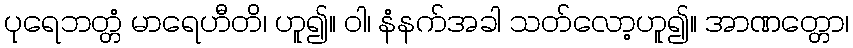
ပုရေဘတ္တံ မာရေဟီတိ၊ ဟူ၍။ ဝါ၊ နံနက်အခါ သတ်လော့ဟူ၍။ အာဏတ္တော၊